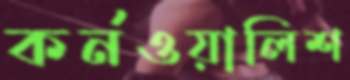
কর্নওয়ালিশ